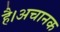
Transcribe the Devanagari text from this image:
है।अचानक